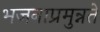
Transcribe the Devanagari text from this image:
भजनाप्रमुन्नते